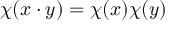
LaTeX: \chi ( x \cdot y ) = \chi ( x ) \chi ( y )